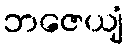
ဘဇေယျံ